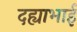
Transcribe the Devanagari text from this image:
दह्याभाई